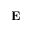
\mathbf { E }